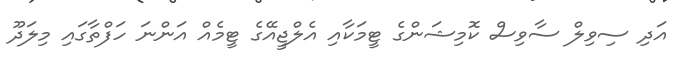
އަދި ސިވިލް ސާވިސް ކޮމިޝަންގެ ޓީމަކާއި އެލްޖީއޭގެ ޓީމެއް އަންނަ ހަފްތާގައި މިލަދޫ